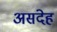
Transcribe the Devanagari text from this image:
असंदेह